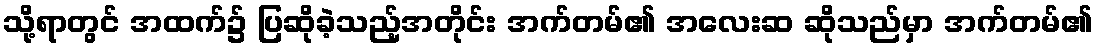
သို့ရာတွင် အထက်၌ ပြဆိုခဲ့သည့်အတိုင်း အက်တမ်၏ အလေးဆ ဆိုသည်မှာ အက်တမ်၏